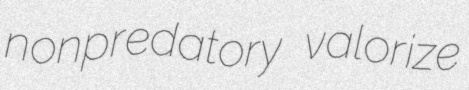
nonpredatory valorize